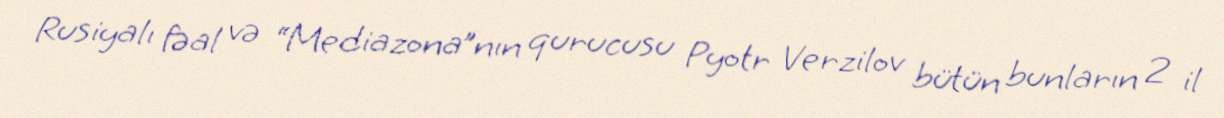
Rusiyalı fəal və “Mediazona”nın qurucusu Pyotr Verzilov bütün bunların 2 il